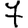
Digit: 7